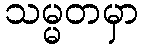
သမ္မတမှာ